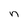
Character: n